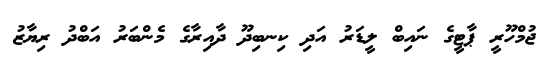
ޖުމްހޫރީ ޕާޓީގެ ނައިބް ލީޑަރު އަދި ކިނބިދޫ ދާއިރާގެ މެންބަރު އަބްދު ރިޔާޒު